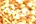
الارقام